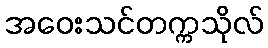
အဝေးသင်တက္ကသိုလ်